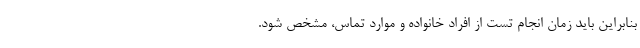
بنابراین باید زمان انجام تست از افراد خانواده و موارد تماس، مشخص شود.